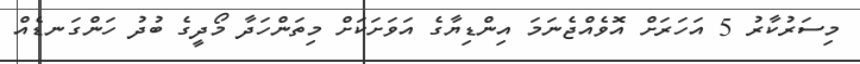
މިސަރުކާރު 5 އަހަރަށް އޮވެއްޖެނަމަ އިންޑިޔާގެ އަވަށަކަށް މިތަންހަދާ މޯދީގެ ބުދު ހަންގަނޑެއް